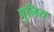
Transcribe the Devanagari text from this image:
पुलिय